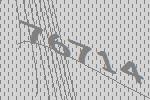
76714